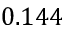
0 . 1 4 4